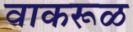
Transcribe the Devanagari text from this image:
वाकरूळ